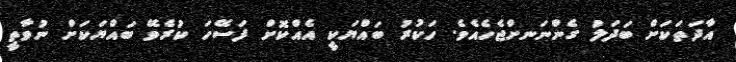
އާދަތަކަށް ބަދަލު ގެންނަނށްޖެހެއެވެ. ހަކުރު ބައްޔަކީ އެއްކޮށް ފަސޭހަ ކުރެވޭ ބައްޔަކަށް ނުވާތީ